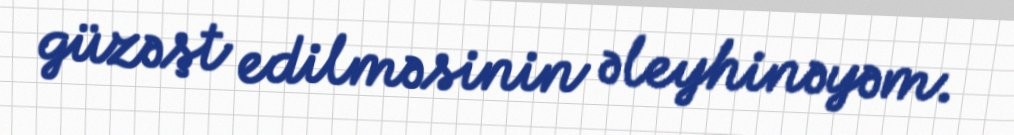
güzəşt edilməsinin əleyhinəyəm.